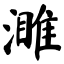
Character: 濉